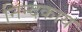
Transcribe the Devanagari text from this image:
निन्दकाय